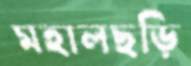
মহালছড়ি